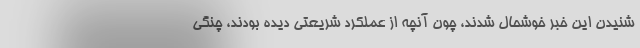
شنیدن این خبر خوشحال شدند، چون آنچه از عملکرد شریعتی دیده بودند، چنگی